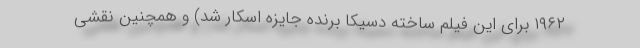
۱۹۶۲ برای این فیلم ساخته دسیکا برنده جایزه اسکار شد) و همچنین نقشی